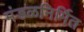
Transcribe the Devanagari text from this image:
मंडळनिर्मित